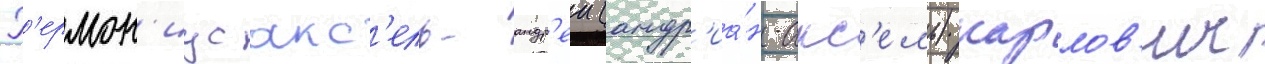
Г'ермон'иус акс'ель-андр'еи (андр'иа́н-акс'ель) карлов'ич